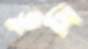
ভুমি